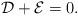
LaTeX: \begin{align*}\mathcal{D}+\mathcal{E}=0.\end{align*}